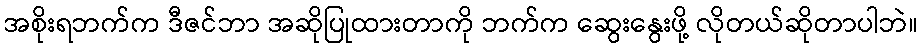
အစိုးရဘက်က ဒီဇင်ဘာ အဆိုပြုထားတာကို ဘက်က ဆွေးနွေးဖို့ လိုတယ်ဆိုတာပါဘဲ။